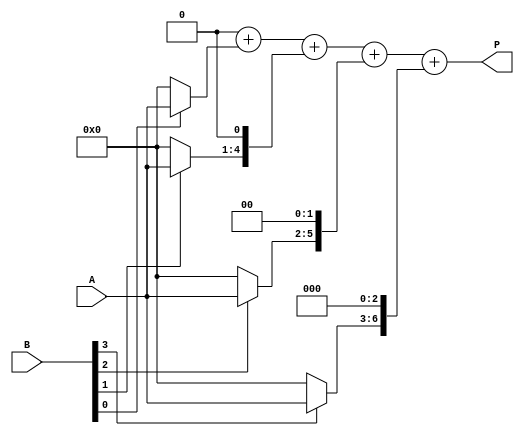
module array_multiplier #(parameter M = 4, parameter N = 4) (
    input [M-1:0] A,
    input [N-1:0] B,
    output reg [M+N-1:0] P
);

    reg [M-1:0] partial_product [0:N-1]; // Array for partial products
    integer i, j;
    
    // Generate partial products
    always @(*) begin
        // Initialize P
        P = 0;
        
        // Generate partial products for each bit of B
        for (i = 0; i < N; i = i + 1) begin
            if (B[i]) begin
                partial_product[i] = A;  // If B[i] is 1, take A
            end else begin
                partial_product[i] = 0;   // If B[i] is 0, take 0
            end
        end
        
        // Accumulate the shifted partial products
        for (i = 0; i < N; i = i + 1) begin
            P = P + (partial_product[i] << i); // Shift left according to the bit position in B
        end
    end

endmodule